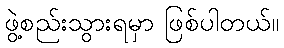
ဖွဲ့စည်းသွားရမှာ ဖြစ်ပါတယ်။